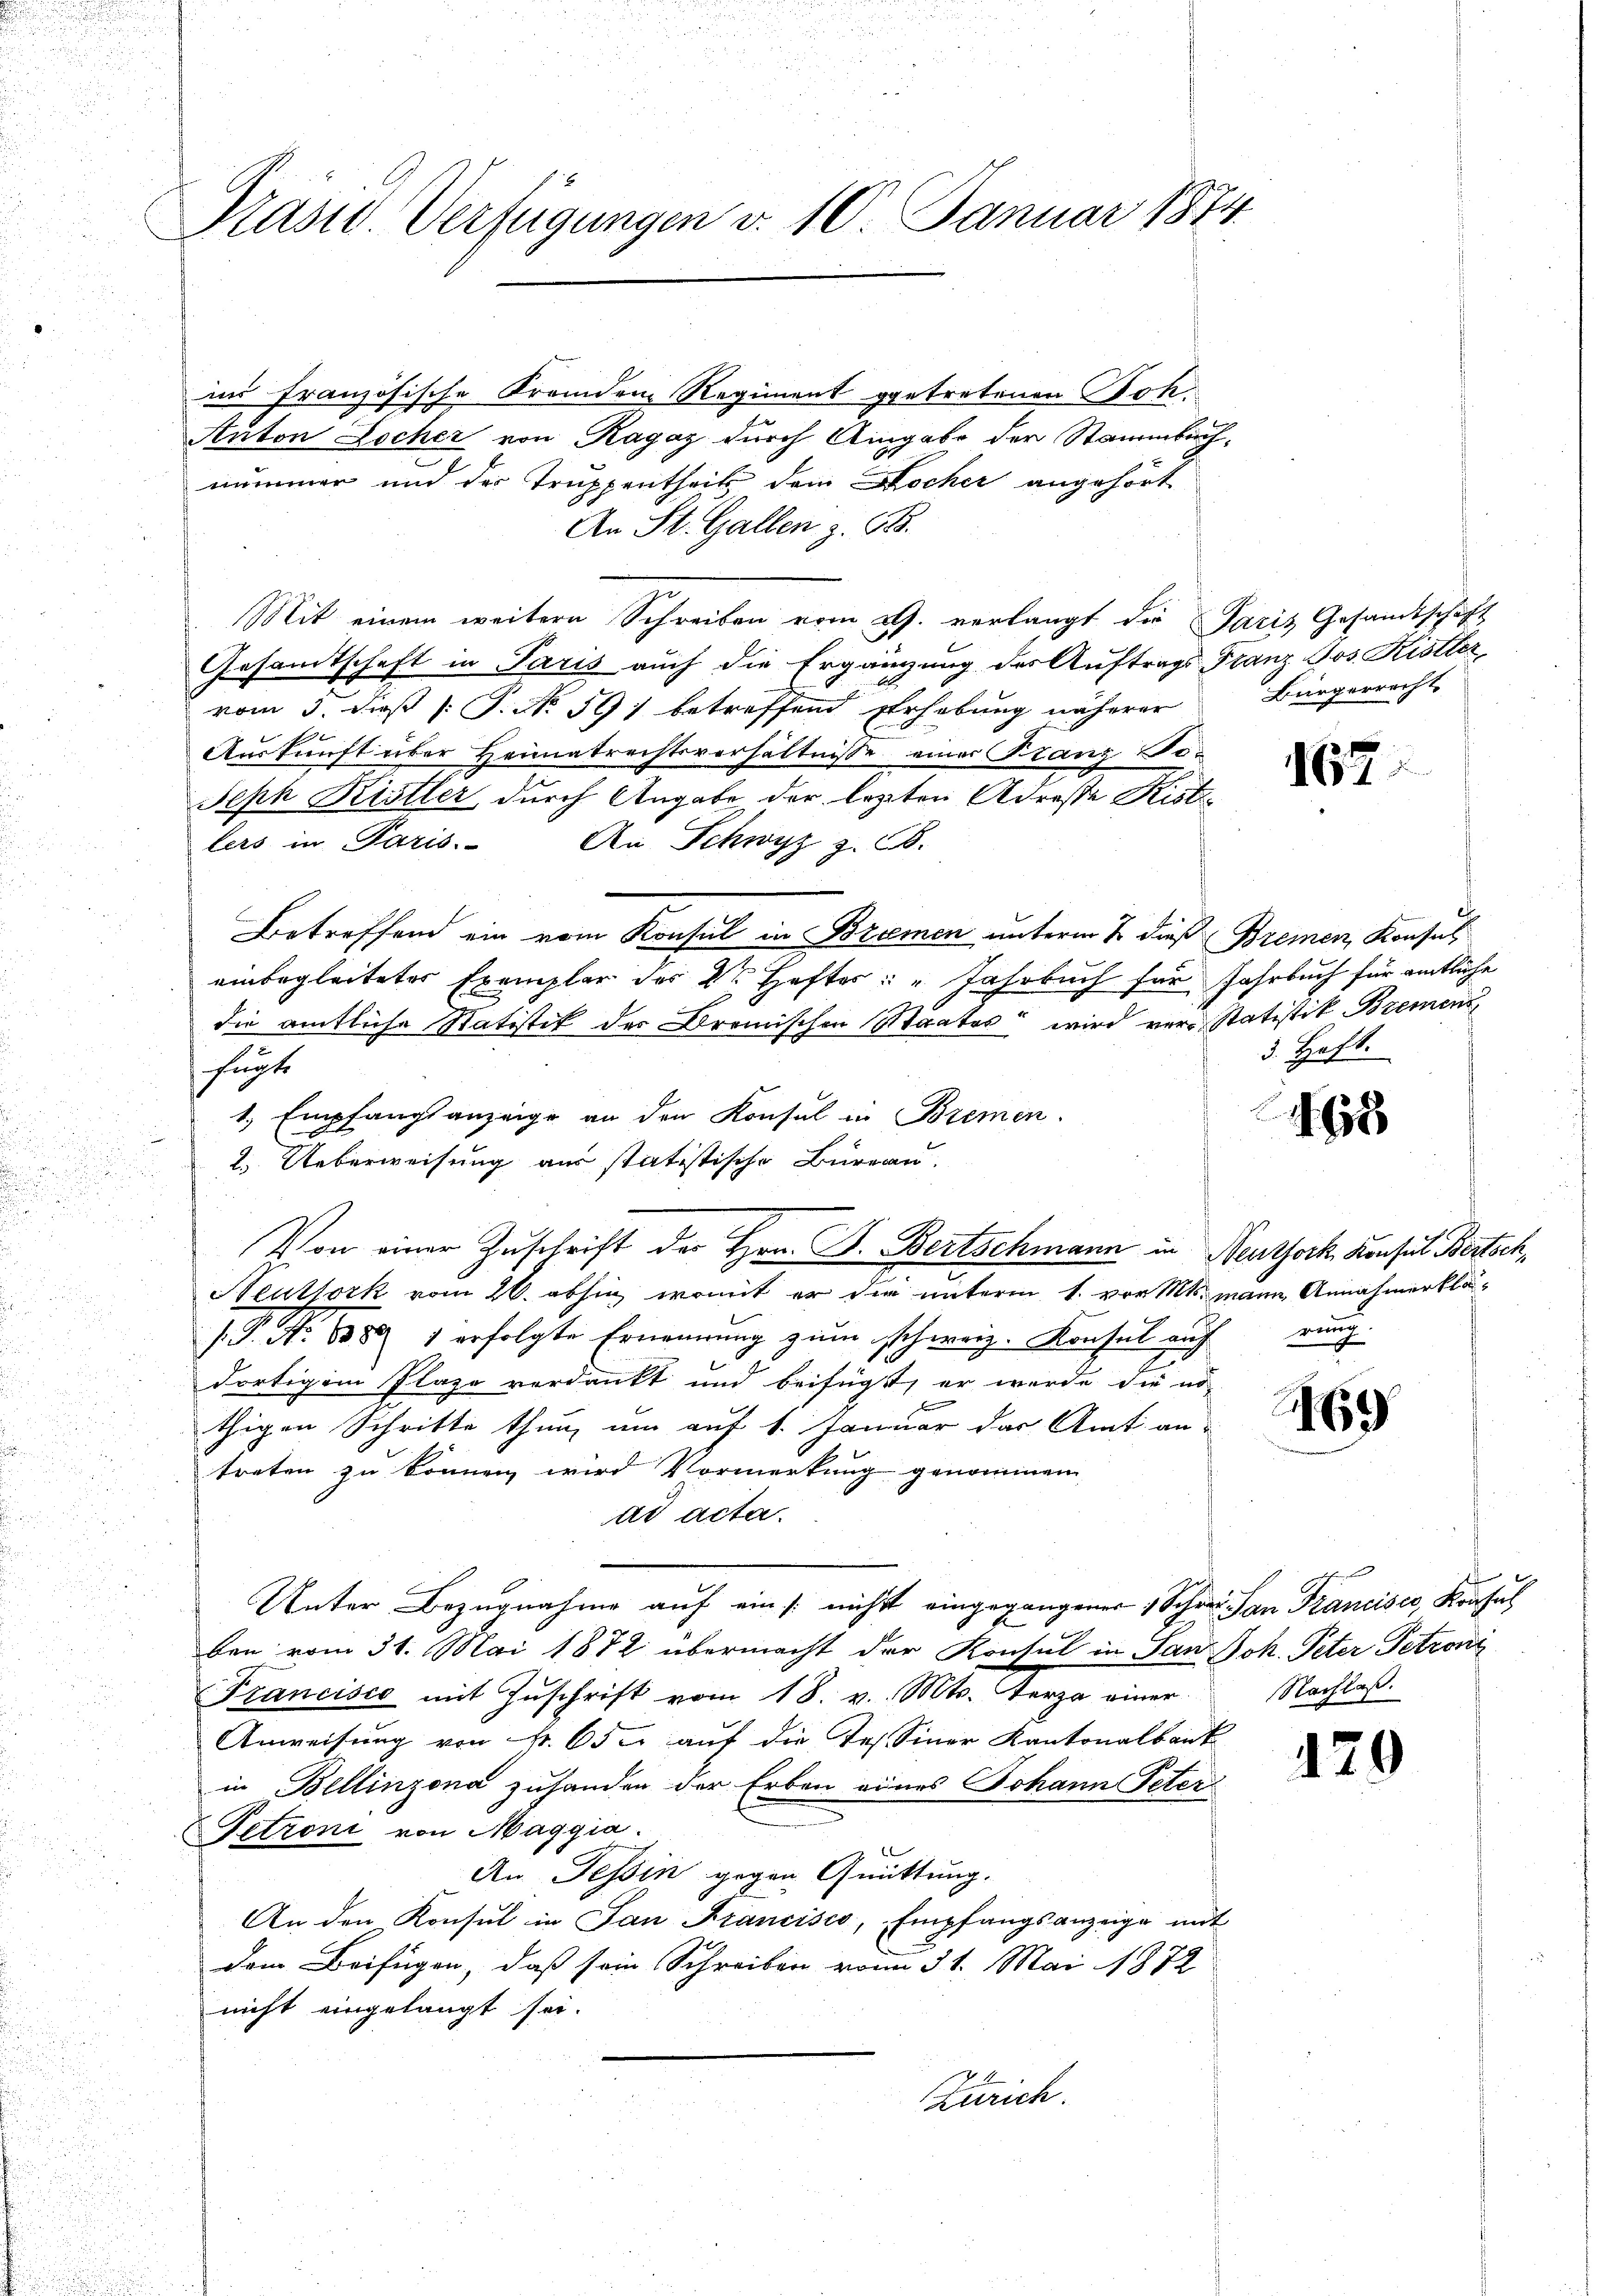
Präsid Verfügungen v. 10. Januar 1874.

ins französische Fremden Regiment getretenen Soh¬
Anton Locher von Ragaz durch Aingabe der Stammbachnummer und der Truppentheilt dem Kocher angehört
An St. Gallen z. 588.
Mit einem weitere Schreiben vom 29. verlangt die Paris Gesandtschaft
Gesamtschaft in Paris auch die Ergänzung des Auftrags Franz Jos. Kistler
vom 3. dieß (: P. No 591 betreffend Erhebung näherer
Auskunft über Heimatrechtsverhältnisse einer Franz So-
Seph Kistler, durch Angabe der lezten Adresse Kistelers in Paris.
An Schwyz z. B.
Betreffend ein vom Konsul in Bremen unterm 2. dieß Bremen, Konsul
einbegleiteter Exemplar des Dr. Hefter: " Jahrbuch für Jahrbuch für amtliche
die amtliche Statistik der Bremischen Maates wird vor Statistik Bremen
fünfte
1. Empfangsanzeige an den Konsul in Bremen
2. Ueberweisung aus statistische Büreau.
Neuttork vom 26. abhin, womit er die unterm 1. vor Mts. mann Annahmerklä¬
.P. No. 1883 1 erfolgte Ernennung zum schweiz. Konsul auf
dortigem Plaze verdankt und beifügt, er wurde die no
e
thigen Schritte thun, um auf 1. Januar das Amt an-
treten zu können wird Vormerkung genommen.
ad acta.
Unter Bezugnahme auf ein /: nicht eingegangener 1 Schwer San Francisco, Konsul
s
ben vom 31. Mai 1872 übermacht der Konsul in San Joh. Peter Petroni
Francisco mit Zuschrift vom 18. v. Mts. Verza einer
Anweisung von Nr. 650. auf die Jes. Siner Kantonalbank
in Bellinzona zuhanden der Erben eines Johann Peter
Petroni von Maggia.
An Tessin gegen Quittung.
An den Konsul in San Francisco, Empfangsanzeige mit
dem Beifügen, daß sein Schreiben vom 31. Mai 1872
nicht eingelangt sei.
Zürich.

Von einer Zuschrift der Hrn. B. Bertschmann in Neuthork, Konsul Bertoch¬

Bürgerrecht

162

1. Heft.

168

rung

69

Nachlaß.

42

¬